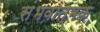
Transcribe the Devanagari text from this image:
संभवात्मक